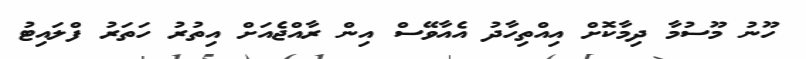
ހޫނު މޫސުމާ ދިމާކޮށް އިއްތިހާދު އެއާވޭސް އިން ރާއްޖެއަށް އިތުރު ހަތަރު ފްލައިޓު